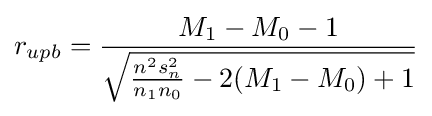
r_{upb}={\frac {M_{1}-M_{0}-1}{\sqrt {{\frac {n^{2}s_{n}^{2}}{n_{1}n_{0}}}-2(M_{1}-M_{0})+1}}}